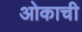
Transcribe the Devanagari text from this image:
ओकाची